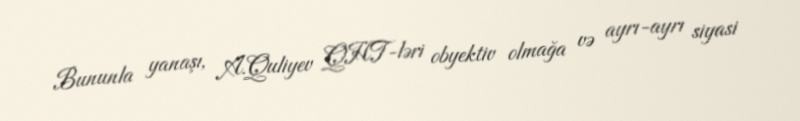
Bununla yanaşı, A.Quliyev QHT-ləri obyektiv olmağa və ayrı-ayrı siyasi